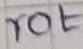
Text: rot